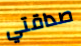
صداقتي